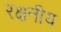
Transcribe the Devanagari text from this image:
रक्षनीय